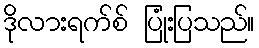
ဒိုလားရက်စ် ပြုံးပြသည်။